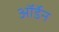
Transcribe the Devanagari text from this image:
ऑर्डेन